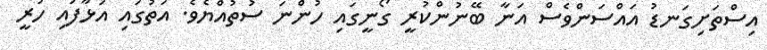
އިސްތަށިގަނޑު އައްސަންވެސް އަނާ ބޭނުންކުރީ ގޯނީގައި ހުންނަ ސުތުއްޔެވެ. އަތުގައި އަޅާފައި ހުރީ